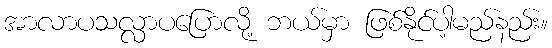
အာလာပသလ္လာပပြောလို့ ဘယ်မှာ ဖြစ်နိုင်ပါ့မည်နည်း။